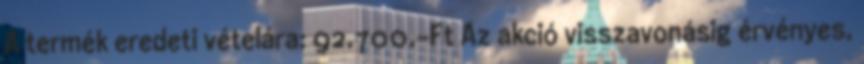
A termék eredeti vételára: 92.700.-Ft Az akció visszavonásig érvényes,